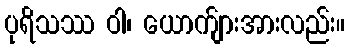
ပုရိသဿ ဝါ၊ ယောက်ျားအားလည်း။